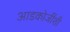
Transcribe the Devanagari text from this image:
आडकोजींशी